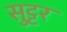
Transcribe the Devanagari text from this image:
सुट्टर